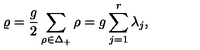
\varrho = { \frac { g } { 2 } } \sum _ { \rho \in { \Delta _ { + } } } \rho = g \sum _ { j = 1 } ^ { r } \lambda _ { j } ,